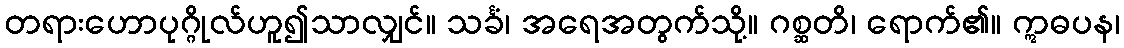
တရားဟောပုဂ္ဂိုလ်ဟူ၍သာလျှင်။ သင်္ခံ၊ အရေအတွက်သို့။ ဂစ္ဆတိ၊ ရောက်၏။ ဣဓပန၊